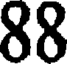
88